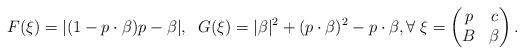
LaTeX: \begin{align*}F(\xi)= |(1-p\cdot\beta)p-\beta|,\;\; G(\xi)=|\beta|^2 +(p\cdot\beta)^2 -p\cdot \beta, \forall\; \xi=\begin{pmatrix} p & c\\ B & \beta\end{pmatrix}.\end{align*}